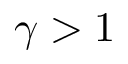
\gamma > 1